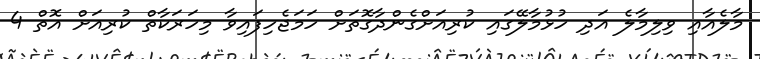
މާލެއާއި ވިލިމާލެ އަދި ހުޅުމާލޭގައި ކުރިއަށްގެންދާގޮތަށް ހަމަޖެހިފައިވާ މިހަރަކާތް ކުރިއަށް އޮތް 4